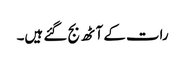
رات کے آٹھ بج گئے ہیں۔